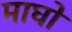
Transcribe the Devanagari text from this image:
माघो